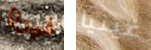
فيرنا غينيا